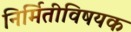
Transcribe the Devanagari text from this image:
निर्मितीविषयक